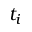
t _ { i }